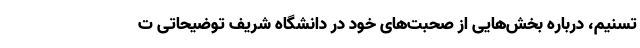
تسنیم، درباره بخش‌هایی از صحبت‌های خود در دانشگاه شریف توضیحاتی ت